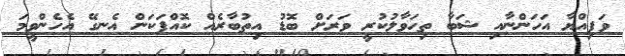
ވަފިއްޔާ އަހަންނާއި ޝަބާ ތިހަވާލުކުރީ ވަރަށް ބޮޑު އިތުބާރެއް ކޮއްފަކަން އެނގޭ އެހެންވީމަ